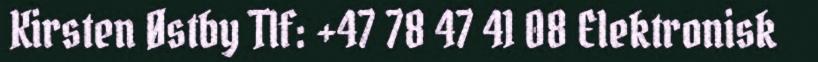
Kirsten Østby Tlf: +47 78 47 41 08 Elektronisk